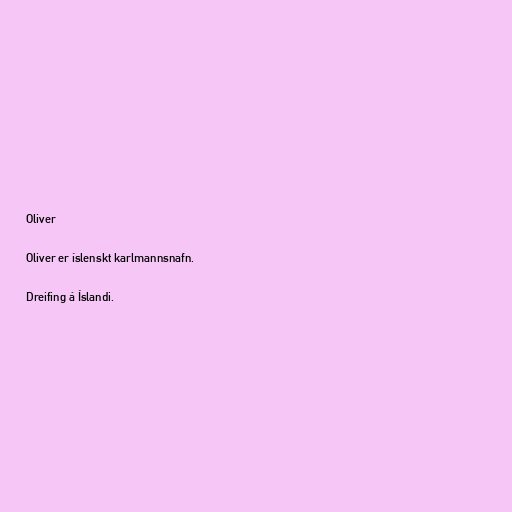
Oliver

Oliver er íslenskt karlmannsnafn.

Dreifing á Íslandi.